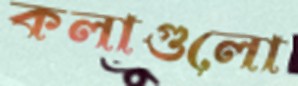
কলাগুলো